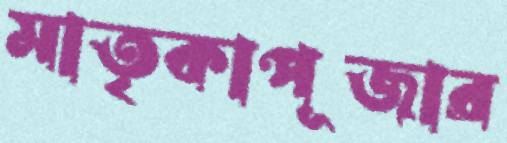
মাতৃকাপূজার